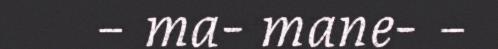
– ma- mane- –